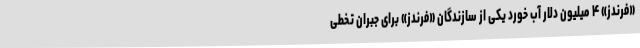
«فرندز» ۴ میلیون دلار آب خورد یکی از سازندگان «فرندز» برای جبران تخطی